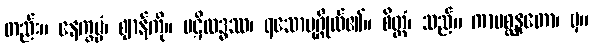
တည်း။ နေက္ခမ္မံ၊ ဈာန်ကို။ ပဋိလဒ္ဓဿ၊ ရသောပုဂ္ဂိုလ်၏။ စိတ္တံ၊ သည်။ ကာမစ္ဆန္ဒတော၊ မှ။